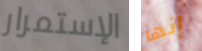
الإستمرار إنها